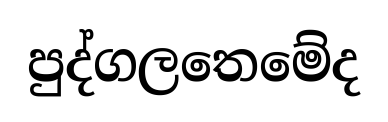
පුද්ගලතෙමේද